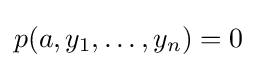
p(a,y_{1},\ldots ,y_{n})=0